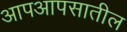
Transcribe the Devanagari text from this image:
आपआपसातील